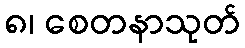
၈၊ စေတနာသုတ်